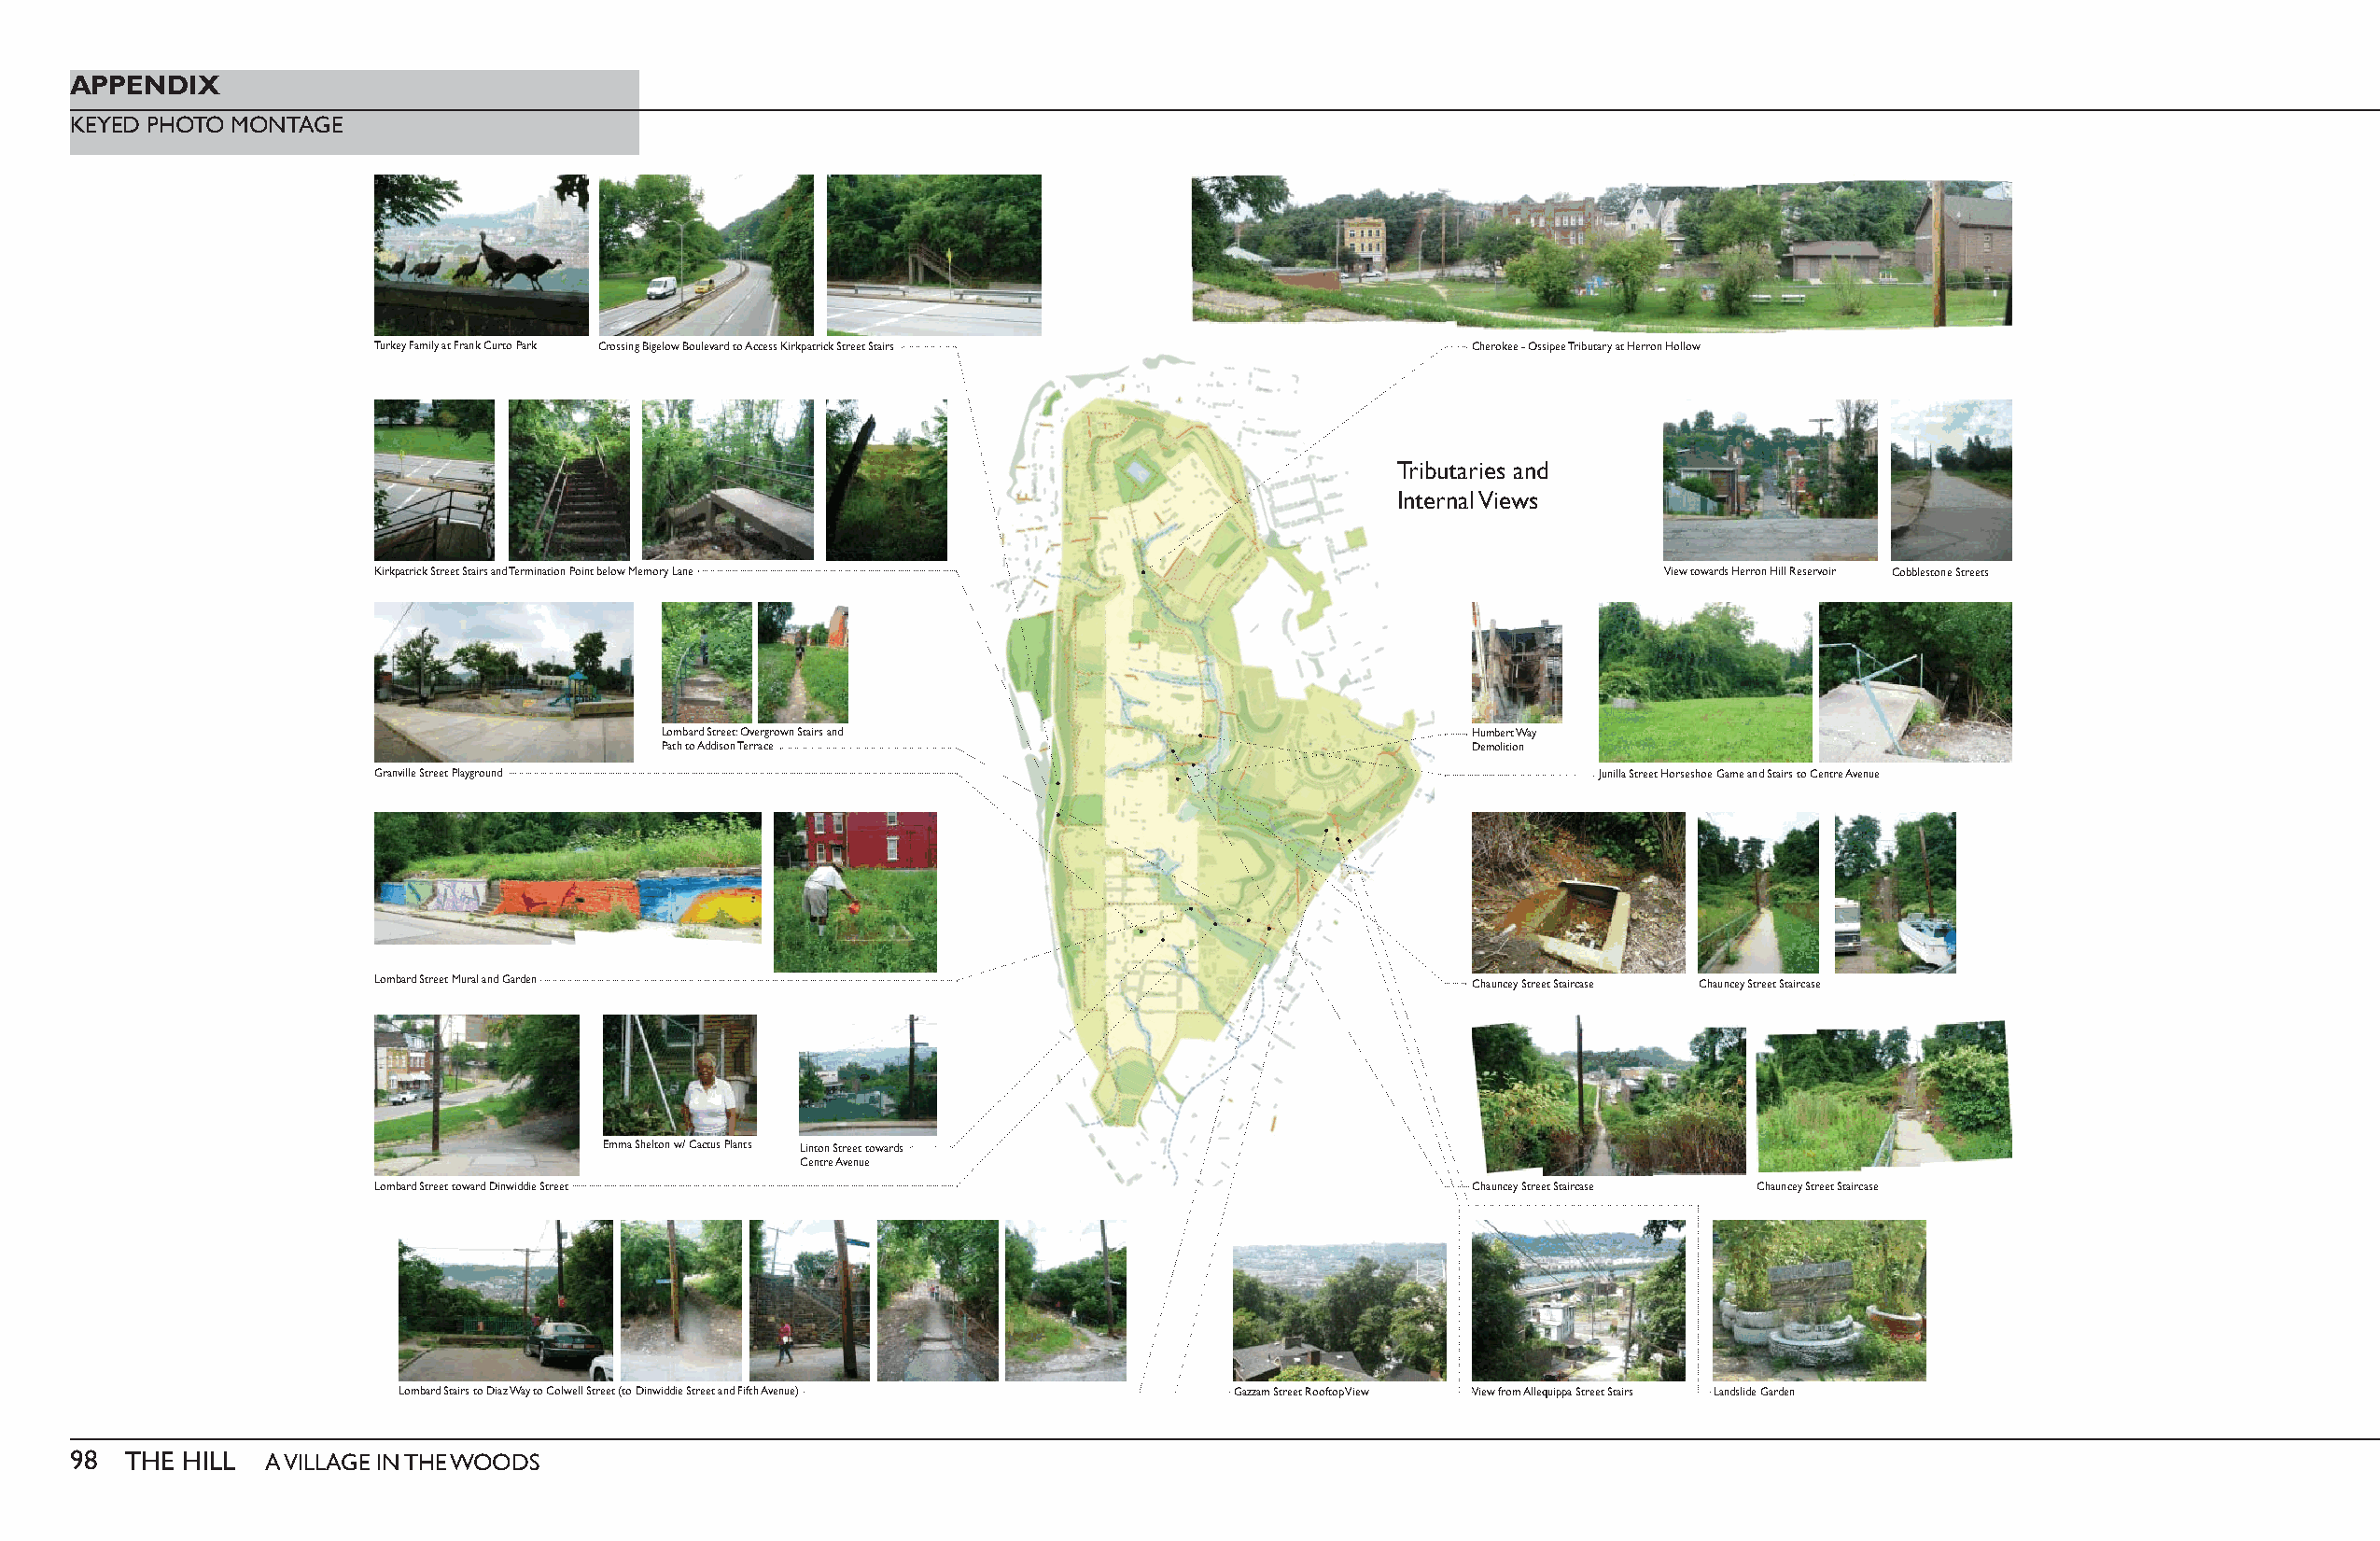
APPENDIX
 KEYED PHOTO MONTAGE
 Turkey Family at Frank Curto Park Crossing Bigelow Boulevard to Access Kirkpatrick Street Stairs Cherokee - Ossipee Tributary at Herron Hollow
 Tributaries and
 Internal Views
 Kirkpatrick Street Stairs and Termination Point below Memory Lane                          View towards Herron Hill Reservoir Cobblestone Streets
 Lombard Street: Overgrown Stairs and                     Humbert Way
 Path to Addison Terrace                                  Demolition
 Granville Street Playground                                                           Junilla Street Horseshoe Game and Stairs to Centre Avenue
 Lombard Street Mural and Garden                                              Chauncey Street Staircase Chauncey Street Staircase
 Emma Shelton w/ Cactus Plants Linton Street towards
 Centre Avenue
 Lombard Street toward Dinwiddie Street                                       Chauncey Street Staircase Chauncey Street Staircase
 Lombard Stairs to Diaz Way to Colwell Street (to Dinwiddie Street and Fifth Avenue) Gazzam Street Rooftop View View from Allequippa Street Stairs Landslide Garden
 98  THE HILL  A VILLAGE IN THE WOODS